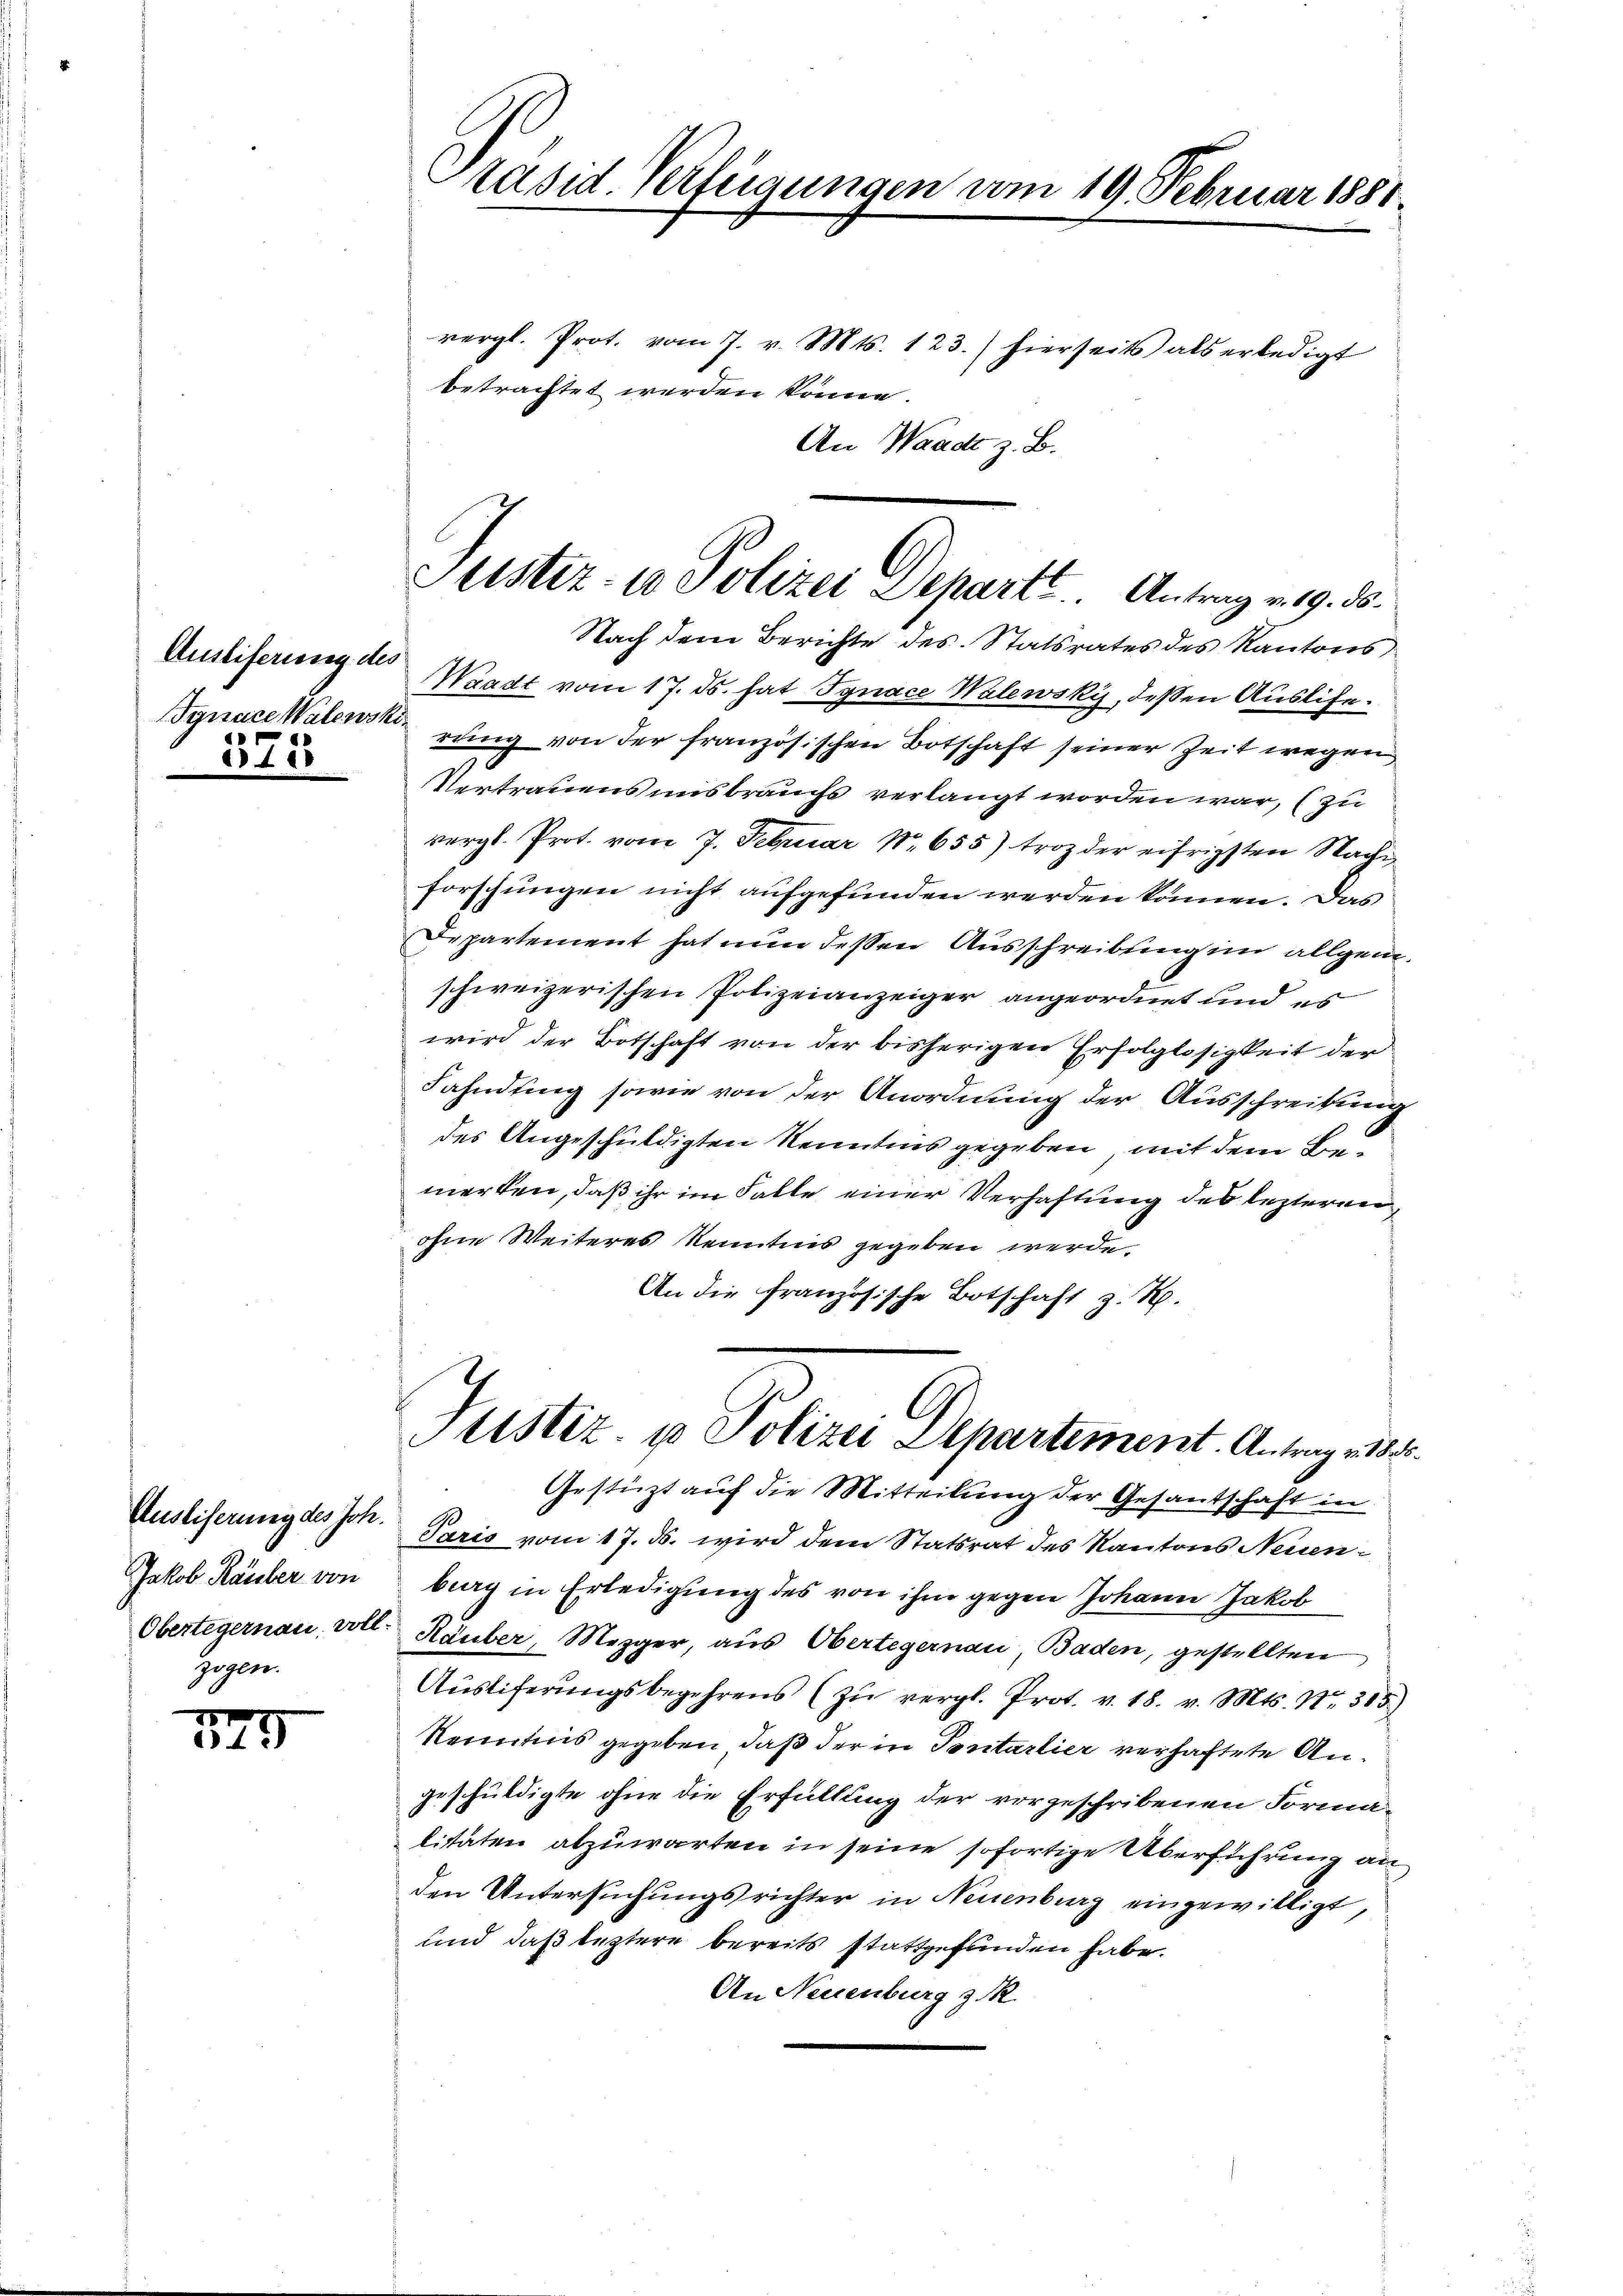
Auseiferung des
Synace Walewsk
3
1
118

Ausliserung des Joh.
Jakob Räuber von
Oberlegernau voll
Gegen.

179

Präsid. Verfügungen vom 19. Februar 1881.

Juster. in Polizei Departe. Antrag v. 9. 30.

vergl. Prot. vom 7. v. Mts. 123.) hierseits als erledigt
betrachtet werden könne.
An Waadt z. B.

Nach dem Berichte des Statsrates des Kantons
Waadt vom 17. ds. hat Jgnace Walewsky, deßen Auslife¬
.
rung von der französischen Botschaft seiner Zeit wegen
Vertrauens uns brauchs verlangt worden war, (zu
vergl. Prot. vom 7. Februar 18655) troz der eifrigsten Nachig
forschungen nicht aufgefunden werden können. Das
Departement hat nun dessen Ausschreibung im allgem
schweizerischen Polizeianzeiger angeordnet und es
wird der Botschaft von der bisherigen Erfolglosigkeit der
Fahndung sowie von der Anordnung der Ausschreibung
des Angeschuldigten Kenntnis gegeben, mit dem Bemerken, daß ihr im Falle einer Verhaftung des lezteren,
ohne Weiteres Kenntnis gegeben werde
An die Französische Botschaft z. R.
Justiz- u Polizei Departement. Antrag 13.
Gestüzt auf die Mitteilung der Gesantschaft in
Paris vom 17. ds. wird dem Statsrat des Kantons Neuenburg in Erledigung des von ihm gegen Johann Jakob
Räuber, Mezger, aus Oberlegernau, Baden, gestellten
Aŭsliferŭngsbegehrens (zŭ vergl. Prot. v. 18. v. Mts. Nr. 305)
Kenntnis gegeben, daß der in Sontarlier verhaftete Angeschuldigte ohne die Erfüllung der vorgeschribenen Formalitäten abzuwarten in seine sofortige Überführung an
den Untersuchungsrichter in Neuenburg eingewilligt,
und daß leztere bereits stattgefunden habe.
An Neuenburg z. R.